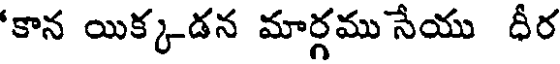
'కాన యిక్కడన మార్గము సేయు ధీర